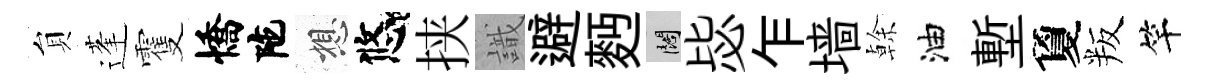
貟蓬䨥憍陀想悠挟識避麪闊毖乍墙𠏉油塹夐叛竿